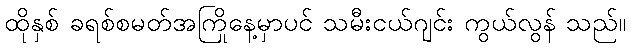
ထိုနှစ် ခရစ်စမတ်အကြိုနေ့မှာပင် သမီးငယ်ဂျင်း ကွယ်လွန် သည်။